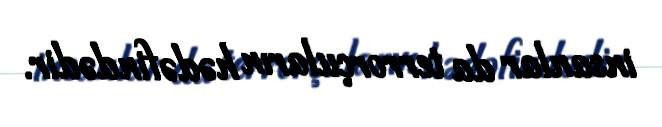
insanlar da terrorçuların hədəfindədir.